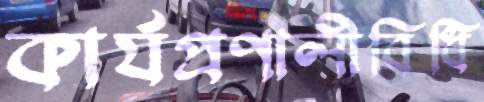
কার্যপ্রণালীবিধি